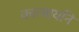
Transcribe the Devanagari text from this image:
कात्यायनि